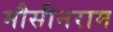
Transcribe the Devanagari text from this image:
मौसीनराम